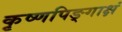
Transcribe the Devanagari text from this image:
कृष्णपिङ्गाक्षं